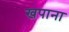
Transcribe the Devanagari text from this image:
खपाना